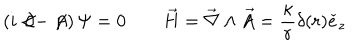
LaTeX: \left( i \not \! \partial - \not \! \! A \right) \Psi = 0 \qquad \vec { H } = \vec { \nabla } \wedge \vec { A } = \frac { \kappa } { r } \delta ( r ) \check { e } _ { z }